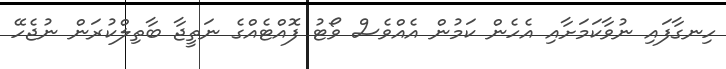
ހިނގާފައި ނުވާކަމަށާއި އެހެން ކަމުން އެއްވެސް ވޯޓު ފޮއްޓެއްގެ ނަތީޖާ ބާތިލްކުރަން ނުޖެހޭ